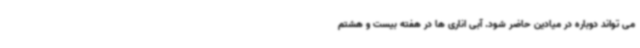
می تواند دوباره در میادین حاضر شود. آبی اناری ها در هفته بیست و هشتم